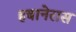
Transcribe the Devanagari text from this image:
हबानेरास